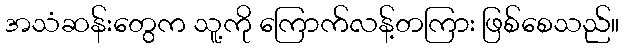
အသံဆန်းတွေက သူ့ကို ကြောက်လန့်တကြား ဖြစ်စေသည်။